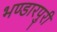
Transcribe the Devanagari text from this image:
भण्डारपुरी